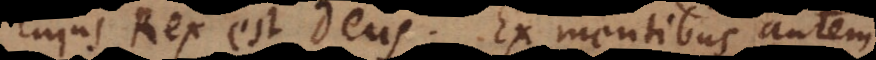
cujus Rex est Deus. Ex mentibus autem